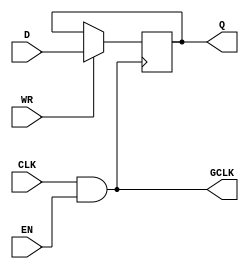
module conditional_clock_gating (
    input wire CLK,       // Primary clock signal
    input wire EN,        // Enable signal for clock gating
    output wire GCLK,     // Gated clock signal
    input wire [7:0] D,   // Data input for memory block
    input wire WR,        // Write enable signal
    output reg [7:0] Q    // Data output from memory block
);

    // Gating logic to generate GCLK
    assign GCLK = CLK & EN; // Gated clock is CLK when EN is high, otherwise low

    // Memory block (simple register for demonstration)
    always @(posedge GCLK) begin
        if (WR) begin
            Q <= D; // Write operation
        end
    end

endmodule